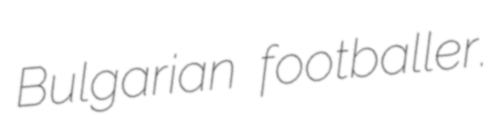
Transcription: Bulgarian footballer.